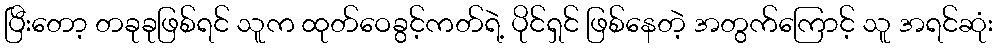
ပြီးတော့ တခုခုဖြစ်ရင် သူက ထုတ်ဝေခွင့်ကတ်ရဲ့ ပိုင်ရှင် ဖြစ်နေတဲ့ အတွက်ကြောင့် သူ အရင်ဆုံး